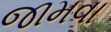
જામવા